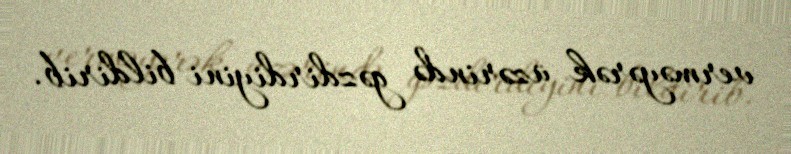
verməyərək üzərində gəzdirdiyini bildirib.